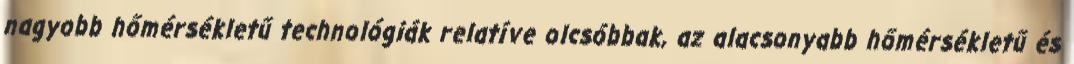
nagyobb hőmérsékletű technológiák relatíve olcsóbbak, az alacsonyabb hőmérsékletű és